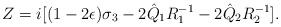
LaTeX: \begin{align*}Z=i[(1-2\epsilon)\sigma_3-2\hat Q_1R_1^{-1}-2\hat Q_2R_2^{-1}].\end{align*}